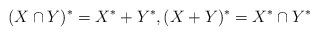
LaTeX: \begin{align*}(X\cap Y)^* = X^* + Y^*, (X+Y)^* = X^*\cap Y^*\end{align*}